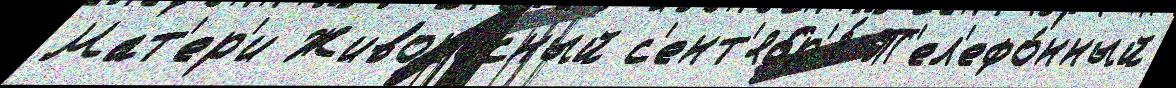
Мат'ер'и Живоносный с'ент'ябр'я́ Т'ел'ефо́нный